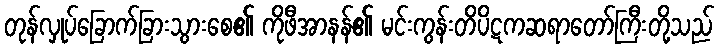
တုန်လှုပ်ခြောက်ခြားသွားစေ၏ ကိုဖီအာနန်၏ မင်းကွန်းတိပိဋကဆရာတော်ကြီးတို့သည်